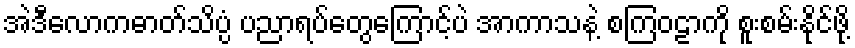
အဲဒီလောကဓာတ်သိပ္ပံ ပညာရပ်တွေကြောင့်ပဲ အာကာသနဲ့ စကြဝဠာကို စူးစမ်းနိုင်ဖို့